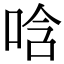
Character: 唅